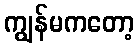
ကျွန်မကတော့